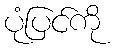
ပုံပြင်ကို